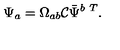
\Psi _ { a } = \Omega _ { a b } { \cal C } \bar { \Psi } ^ { b \ T } .